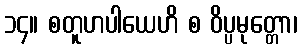
၁၄။ စတူဟပါယေဟိ စ ဝိပ္ပမုတ္တော၊